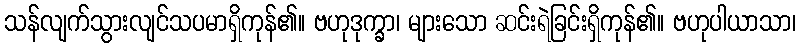
သန်လျက်သွားလျင်သပမာရှိကုန်၏။ ဗဟုဒုက္ခာ၊ များသော ဆင်းရဲခြင်းရှိကုန်၏။ ဗဟုပါယာသာ၊